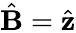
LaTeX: \hat{\mathbf{B}}=\hat{\mathbf{z}}